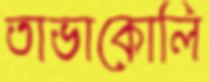
তাভাকোলি